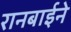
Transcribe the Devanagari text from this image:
रानबाईने